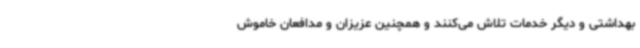
بهداشتی و دیگر خدمات تلاش می‌کنند و همچنین عزیزان و مدافعان خاموش